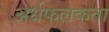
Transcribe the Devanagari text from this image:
अर्धफलकता